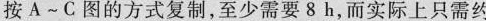
按A~C图的方式复制，至少需要8h，而实际上只需约